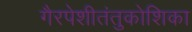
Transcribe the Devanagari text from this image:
गैरपेशीतंतुकोशिका